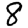
Digit: 8